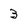
Character: 3